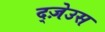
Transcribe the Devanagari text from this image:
द्ज़ेउस